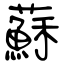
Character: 蘇